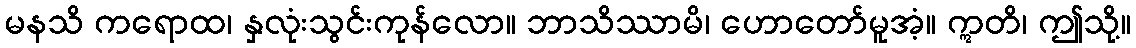
မနသိ ကရောထ၊ နှလုံးသွင်းကုန်လော။ ဘာသိဿာမိ၊ ဟောတော်မူအံ့။ ဣတိ၊ ဤသို့။